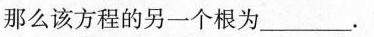
那么该方程的另一个根为_____.